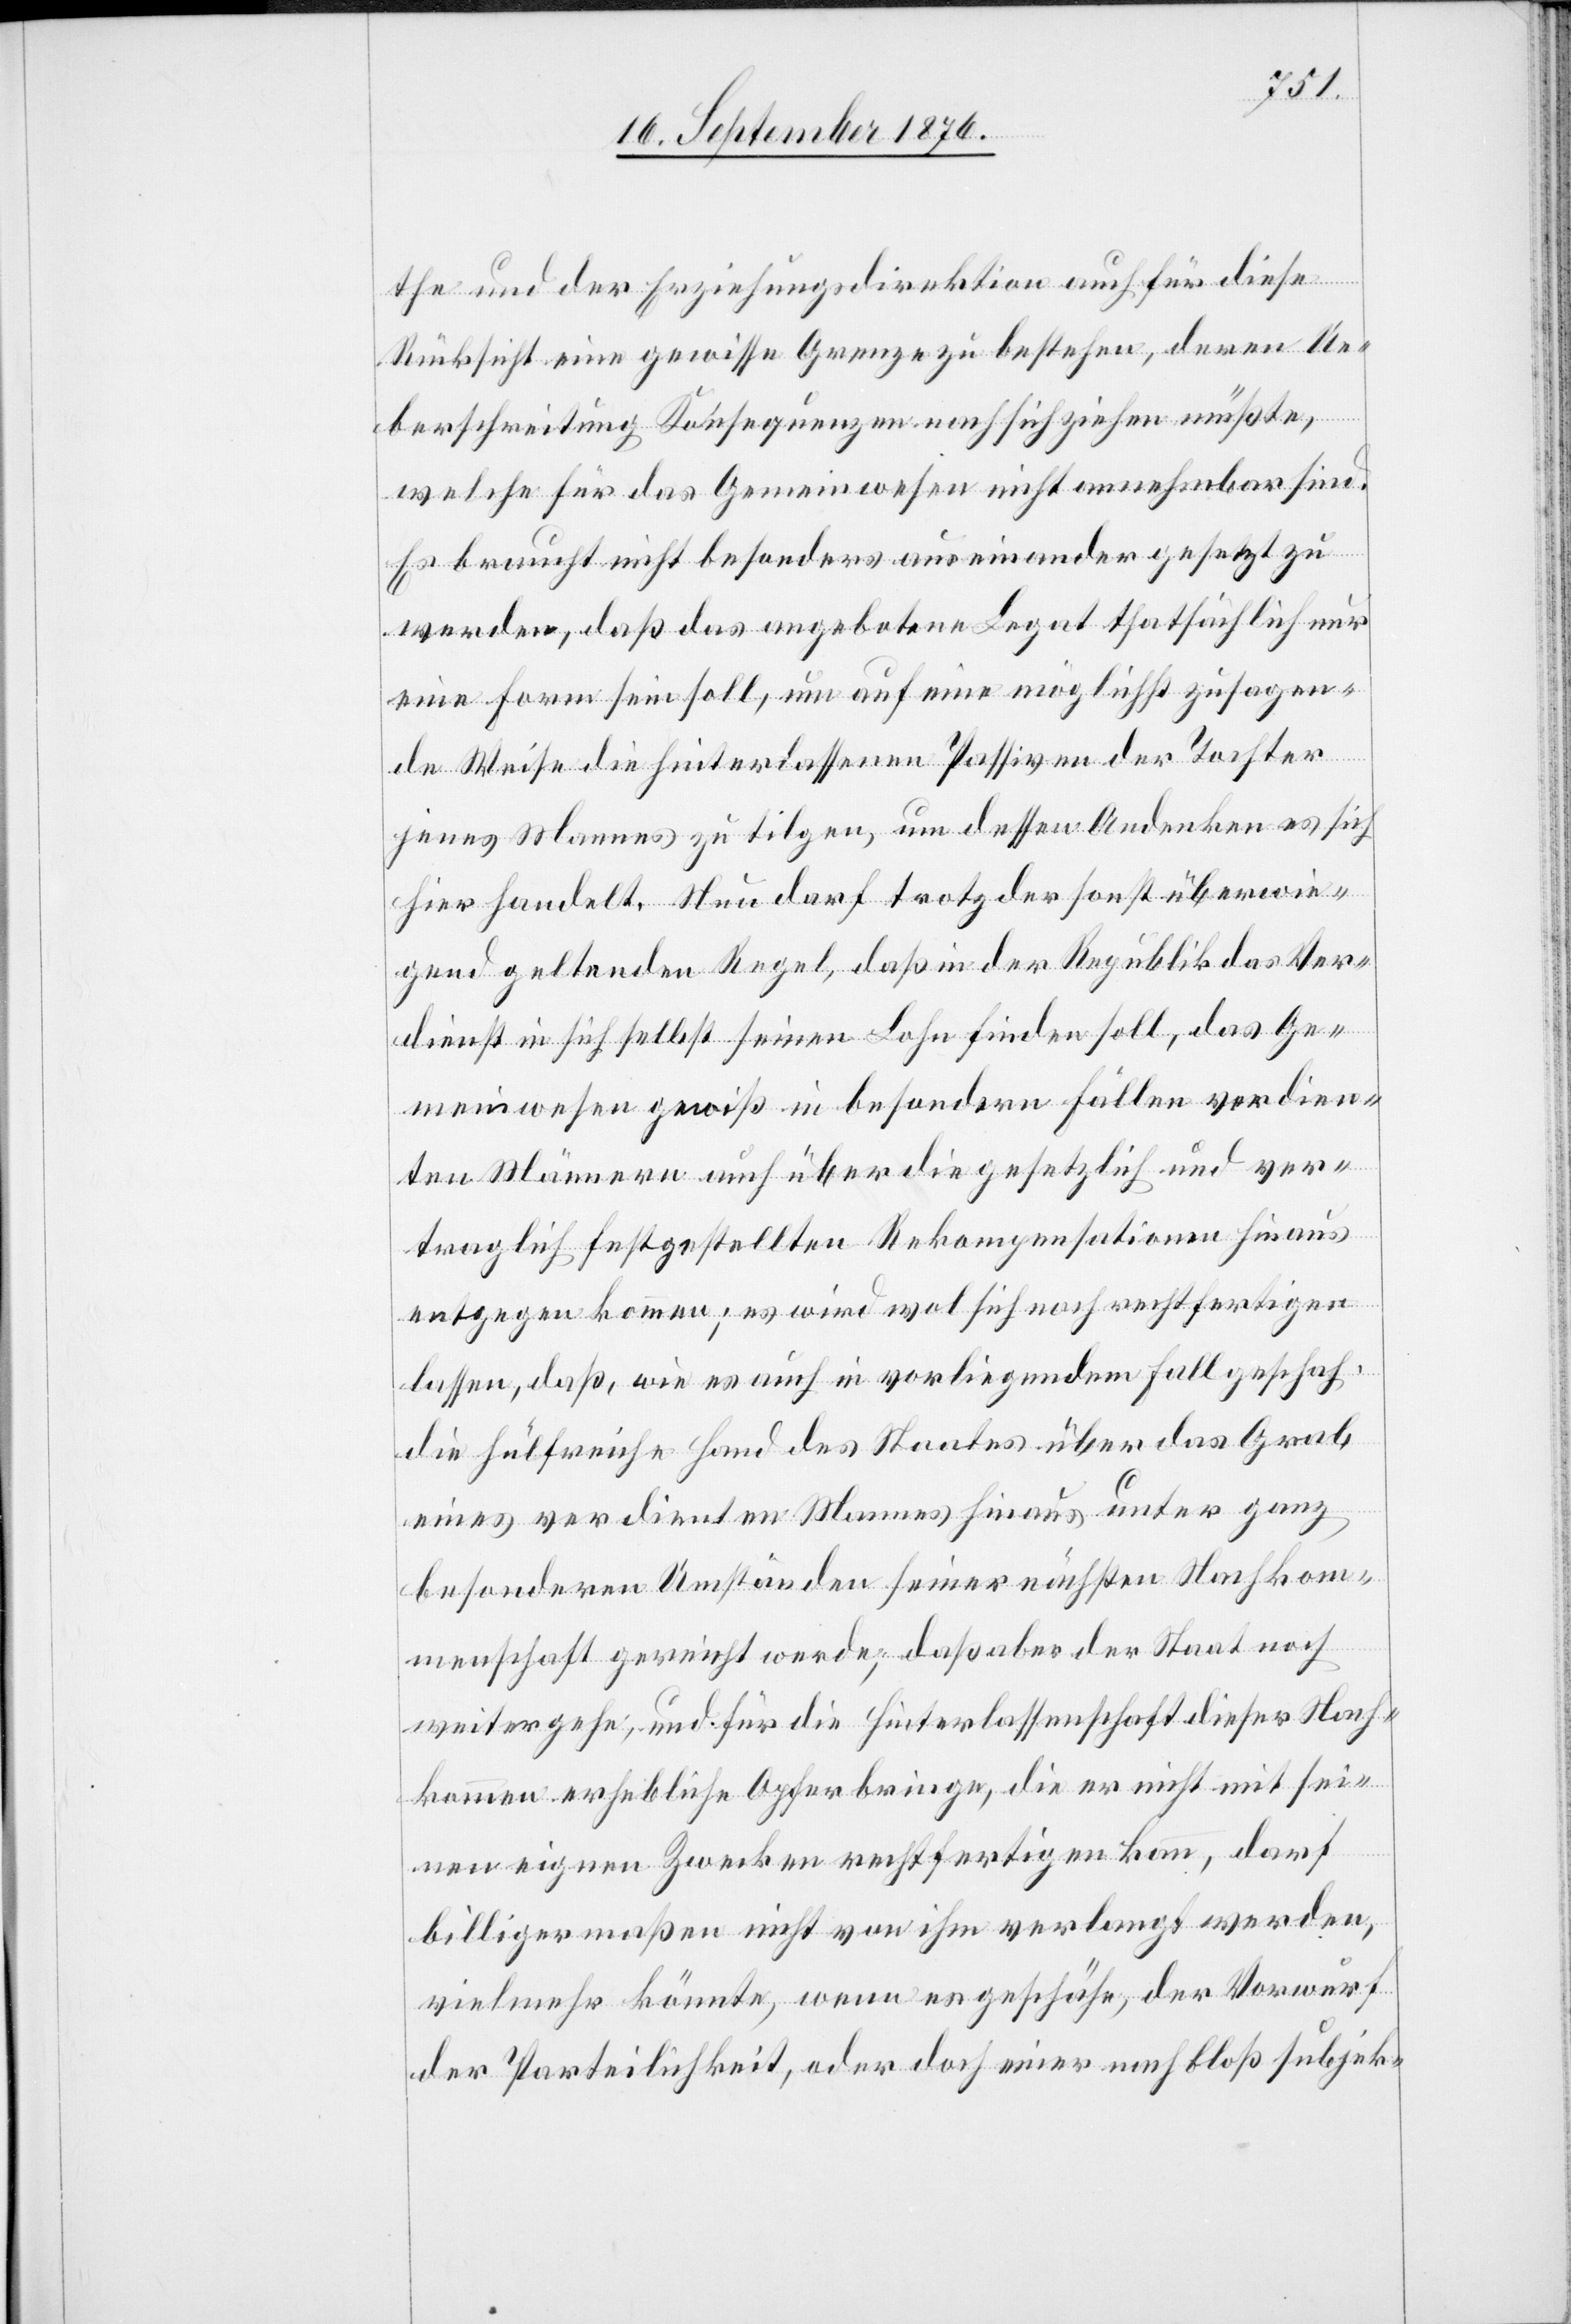
the und der Erziehungsdirektion auch für diese
Rücksicht eine gewisse Grenze zu bestehen, deren Ue¬
berschreitung Konsequenzen nach sich ziehen müßte,
welche für das Gemeinwesen nicht annehmbar sind.
Es braucht nicht besonders auseinander gesetzt zu
werden, daß das angebotene Legat thatsächlich nur
eine Form sein soll, um auf eine möglichst zusagen¬
in
de Weise die hinterlassenen Passiven der Tochter
jenes Mannes zu tilgen, um dessen Andenken es sich
hier handelt. Neu darf trotz der sonst überwie¬
gend geltenden Regel, daß in der Republik das Ver¬
dienst in sich selbst seinen Lohn finden soll, das Ge¬
meinwesen gewiß in besondern Fällen verdien¬
ten Männern auch über die gesetzlich und ver¬
traglich festgestellten Rekompensationen hinaus
die hülfreiche Hand des Staates über das Grab
eines verdienten Mannes hinaus unter ganz
besondern Umständen seiner nächsten Nachkom¬
menschaft gereicht werde, daß aber der Staat noch
weitergehe, und für die Hinterlassenschaft dieser Nach¬
kommen erhebliche Opfer bringe, die er nicht mit sei¬
nen eignen Zwecken rechtfertigen kann, darf
billigermaßen nicht von ihm verlangt werden,
vielmehr könnte, wenn es geschähe, der Vorwurf
der Parteilichkeit, oder doch einer nach bloß subjek-